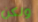
ولكن